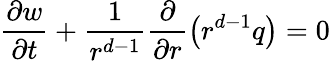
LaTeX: \frac{\partial w}{\partial t}+\frac{1}{r^{d-1}}\frac{\partial}{\partial r}\left(r^{d-1}q\right)=0